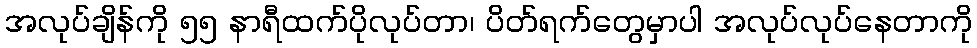
အလုပ်ချိန်ကို ၅၅ နာရီထက်ပိုလုပ်တာ၊ ပိတ်ရက်တွေမှာပါ အလုပ်လုပ်နေတာကို